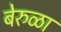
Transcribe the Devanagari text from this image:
बेरुळा